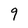
Character: 9